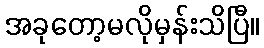
အခုတော့မလိုမှန်းသိပြီ။